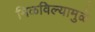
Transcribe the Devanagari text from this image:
मिळविल्यामुळे